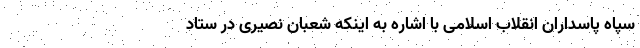
سپاه پاسداران انقلاب اسلامی با اشاره به اینکه شعبان نصیری در ستاد